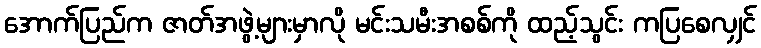
အောက်ပြည်က ဇာတ်အဖွဲ့များမှာလို မင်းသမီးအစစ်ကို ထည့်သွင်း ကပြစေလျှင်